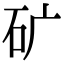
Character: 矿